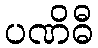
ပဏိဓီ